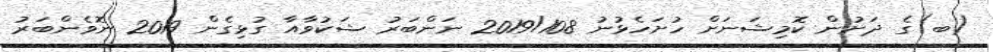
(ބ)ގެ ދަށުން ކޮމިޝަނަށް ހުށަހެޅުނު 2019/108 ނަންބަރު ޝަކުވާއާ ގުޅިގެން 2019 ނޮވެންބަރު